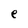
Character: e